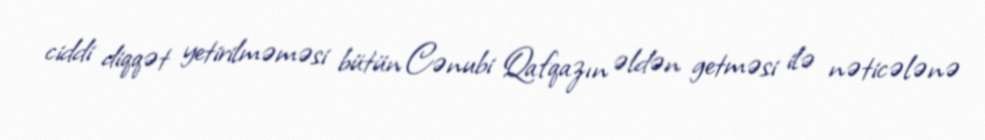
ciddi diqqət yetirilməməsi bütün Cənubi Qafqazın əldən getməsi ilə nəticələnə